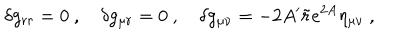
\delta g _ { r r } = 0 \ , \quad \delta g _ { \mu r } = 0 \ , \quad \delta g _ { \mu \nu } = - 2 A ^ { \prime } \tilde { r } e ^ { 2 A } \eta _ { \mu \nu } \ ,